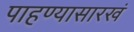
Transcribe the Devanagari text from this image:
पाहण्यासारखं